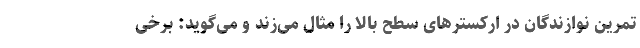
تمرین نوازندگان در ارکسترهای سطح بالا را مثال می‌زند و می‌گوید: برخی